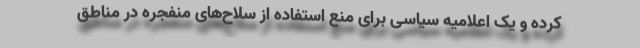
کرده و یک اعلامیه‌ سیاسی برای منع استفاده از سلاح‌های منفجره در مناطق